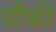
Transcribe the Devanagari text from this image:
पौफी